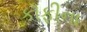
કૉફીના